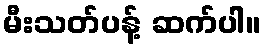
မီးသတ်ပန့် ဆက်ပါ။